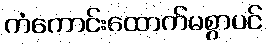
ကံကောင်းထောက်မစွာပင်